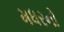
મધરનો